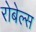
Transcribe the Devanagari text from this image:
रोबेल्‍स